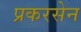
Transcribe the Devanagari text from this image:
प्रकरसेन